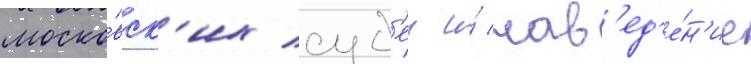
моско́вск'их суд'еи и́ нав'ед'е́н'ие